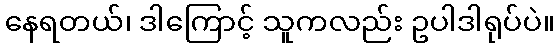
နေရတယ်၊ ဒါကြောင့် သူကလည်း ဥပါဒါရုပ်ပဲ။